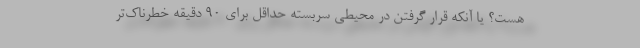
هست؟ یا آنکه قرار گرفتن در محیطی سربسته حداقل برای 90 دقیقه خطرناک‌تر